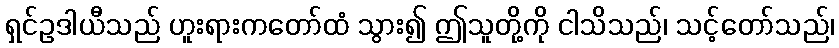
ရှင်ဥဒါယီသည် ဟူးရားကတော်ထံ သွား၍ ဤသူတို့ကို ငါသိသည်၊ သင့်တော်သည်၊